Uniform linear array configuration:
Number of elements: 24
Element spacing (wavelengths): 1
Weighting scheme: exponential
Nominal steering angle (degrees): -15
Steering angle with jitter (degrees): -14.429
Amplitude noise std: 0.05
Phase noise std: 0.05

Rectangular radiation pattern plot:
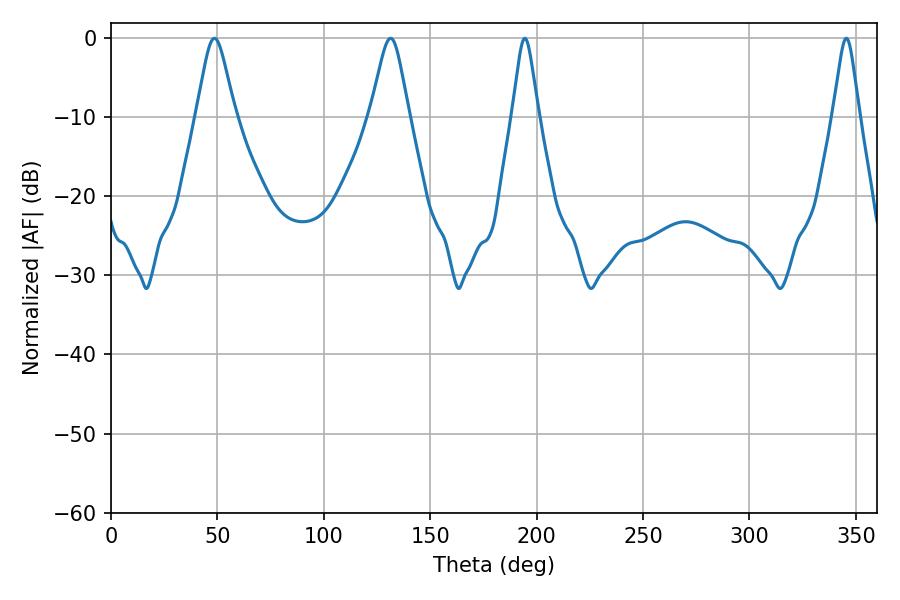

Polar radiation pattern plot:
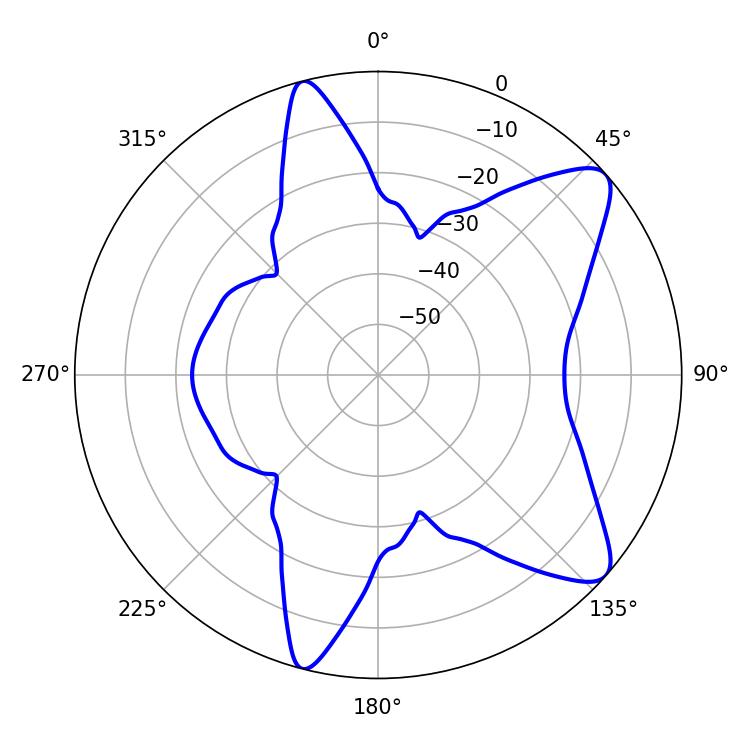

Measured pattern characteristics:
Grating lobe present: TRUE
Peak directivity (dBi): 9.57
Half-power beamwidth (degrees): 8.64
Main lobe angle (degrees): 48.6